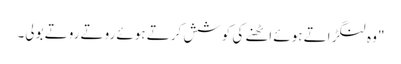
" وہ لنگڑاتے ہوئے اٹھنے کی کوشش کرتے ہوئے روتے روتے بولی۔